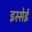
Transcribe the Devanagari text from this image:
इस्सेई